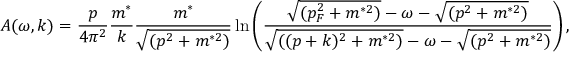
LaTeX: A ( \omega , k ) = \frac { p } { 4 \pi ^ { 2 } } \frac { m ^ { * } } { k } \frac { m ^ { * } } { \sqrt { ( p ^ { 2 } + m ^ { * 2 } ) } } \ln \left( \frac { \sqrt { ( p _ { F } ^ { 2 } + m ^ { * 2 } ) } - \omega - \sqrt { ( p ^ { 2 } + m ^ { * 2 } ) } } { \sqrt { ( ( p + k ) ^ { 2 } + m ^ { * 2 } ) } - \omega - \sqrt { ( p ^ { 2 } + m ^ { * 2 } ) } } \right) ,